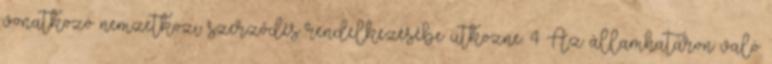
vonatkozó nemzetközi szerződés rendelkezésébe ütközne. 4 Az államhatáron való